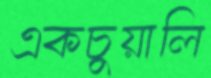
একচুয়ালি